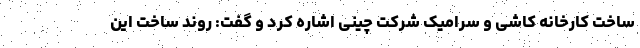
ساخت کارخانه کاشی و سرامیک شرکت چینی اشاره کرد و گفت: روند ساخت این